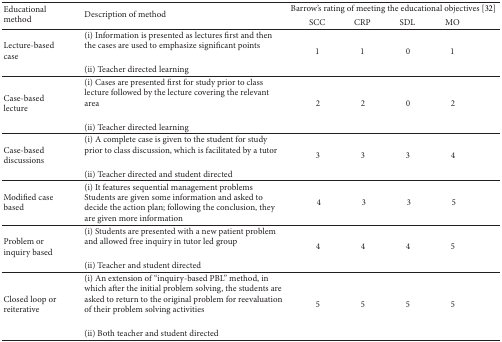
<table><thead><tr><td rowspan="2"><b>Educational method </b></td><td rowspan="2"><b>Description of method</b></td><td colspan="4"><b>Barrow&#x27;s rating of meeting the educational objectives [32]</b></td></tr><tr><td><b>SCC</b></td><td><b>CRP</b></td><td><b>SDL</b></td><td><b>MO</b></td></tr></thead><tbody><tr><td rowspan="2">Lecture-based case </td><td>(i) Information is presented as lectures first and then the cases are used to emphasize significant points </td><td rowspan="2">1</td><td rowspan="2">1</td><td rowspan="2">0</td><td rowspan="2">1</td></tr><tr><td>(ii) Teacher directed learning</td></tr><tr><td rowspan="2">Case-based lecture </td><td>(i) Cases are presented first for study prior to class lecture followed by the lecture covering the relevant area </td><td rowspan="2">2</td><td rowspan="2">2</td><td rowspan="2">0</td><td rowspan="2">2</td></tr><tr><td>(ii) Teacher directed learning</td></tr><tr><td rowspan="2">Case-based discussions </td><td>(i) A complete case is given to the student for study prior to class discussion, which is facilitated by a tutor </td><td rowspan="2">3</td><td rowspan="2">3</td><td rowspan="2">3</td><td rowspan="2">4</td></tr><tr><td>(ii) Teacher directed and student directed</td></tr><tr><td>Modified case based </td><td>(i) It features sequential management problemsStudents are given some information and asked to decide the action plan; following the conclusion, they are given more information</td><td>4</td><td>3</td><td>3</td><td>5</td></tr><tr><td rowspan="2">Problem or inquiry based </td><td>(i) Students are presented with a new patient problem and allowed free inquiry in tutor led group </td><td rowspan="2">4</td><td rowspan="2">4</td><td rowspan="2">4</td><td rowspan="2">5</td></tr><tr><td>(ii) Teacher and student directed </td></tr><tr><td rowspan="2">Closed loop or reiterative</td><td>(i) An extension of “inquiry-based PBL” method, in which after the initial problem solving, the students are asked to return to the original problem for reevaluation of their problem solving activities</td><td rowspan="2">5</td><td rowspan="2">5</td><td rowspan="2">5</td><td rowspan="2">5</td></tr><tr><td>(ii) Both teacher and student directed </td></tr></tbody></table>